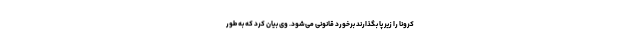
کرونا را زیر پا بگذارند برخورد قانونی می‌شود. وی بیان کرد که به طور